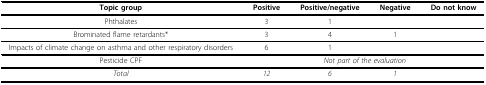
<table><thead><tr><td><b>Topic group</b></td><td><b>Positive</b></td><td><b>Positive/negative</b></td><td><b>Negative</b></td><td><b>Do not know</b></td></tr></thead><tbody><tr><td>Phthalates</td><td>3</td><td>1</td><td></td><td></td></tr><tr><td>Brominated flame retardants*</td><td>3</td><td>4</td><td>1</td><td></td></tr><tr><td>Impacts of climate change on asthma and other respiratory disorders</td><td>6</td><td>1</td><td></td><td></td></tr><tr><td>Pesticide CPF</td><td colspan="4"><i>Not part of the evaluation</i></td></tr><tr><td><i>Total</i></td><td><i>12</i></td><td><i>6</i></td><td><i>1</i></td><td></td></tr></tbody></table>